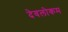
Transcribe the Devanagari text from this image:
देवलोकम